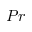
P r